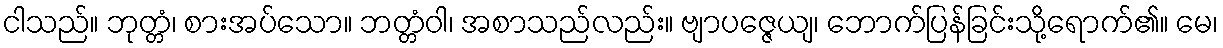
ငါသည်။ ဘုတ္တံ၊ စားအပ်သော။ ဘတ္တံဝါ၊ အစာသည်လည်း။ ဗျာပဇ္ဇေယျ၊ ဘောက်ပြန်ခြင်းသို့ရောက်၏။ မေ၊